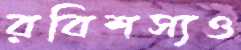
রবিশস্যও